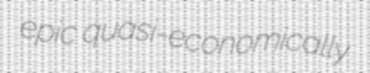
epic quasi-economically